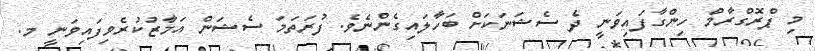
މި ޕްރޮގްރާމް ހިންގާފައިވަނީ ދެ ސެޝަނަކަށް ބަހާލައިގެންނެވެ. ފުރަތަމަ ސެޝަން އަމާޒުކުރެވިފައިވަނީ މ.